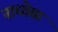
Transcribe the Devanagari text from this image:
नाधोसा